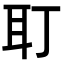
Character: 耵